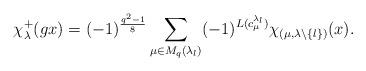
LaTeX: \begin{align*}\chi_\lambda^+(gx)=(-1)^\frac{q^2-1}{8}&\sum_{\mu\in M_q(\lambda_l)}(-1)^{L(c^{\lambda_l}_\mu)}\chi_{(\mu,\lambda\backslash\{l\})}(x).\end{align*}